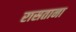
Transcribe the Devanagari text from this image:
रासताना